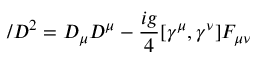
\slash { D } ^ { 2 } = D _ { \mu } D ^ { \mu } - \frac { i g } { 4 } [ \gamma ^ { \mu } , \gamma ^ { \nu } ] F _ { \mu \nu }